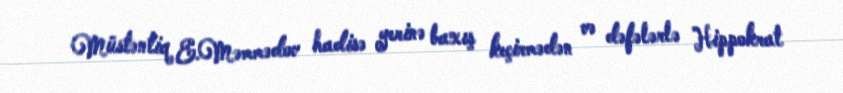
Müstəntiq E.Məmmədov hadisə yerinə baxış keçirmədən və dəfələrlə Hippokrat